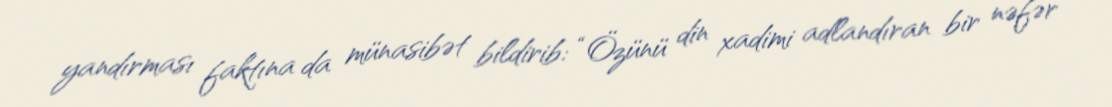
yandırması faktına da münasibət bildirib: “Özünü din xadimi adlandıran bir nəfər